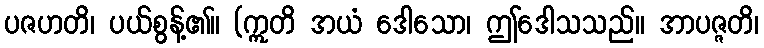
ပဇဟတိ၊ ပယ်စွန့်၏။ (ဣတိ အယံ ဒေါသော၊ ဤဒေါသသည်။ အာပဇ္ဇတိ၊